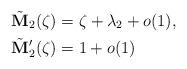
LaTeX: \begin{align*}{\tilde{\mathbf{M}}}_{2}(\zeta )&=\zeta +\lambda _{2}+o(1),\\{\tilde{\mathbf{M}}}_{2}'(\zeta )&=1+o(1)\end{align*}